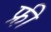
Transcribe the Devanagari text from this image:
फ्री़